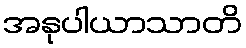
အနုပါယာသာတိ